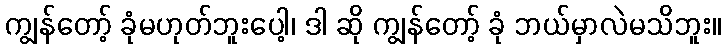
ကျွန်တော့် ခုံမဟုတ်ဘူးပေါ့၊ ဒါ ဆို ကျွန်တော့် ခုံ ဘယ်မှာလဲမသိဘူး။